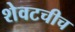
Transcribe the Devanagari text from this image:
शेवटचीच